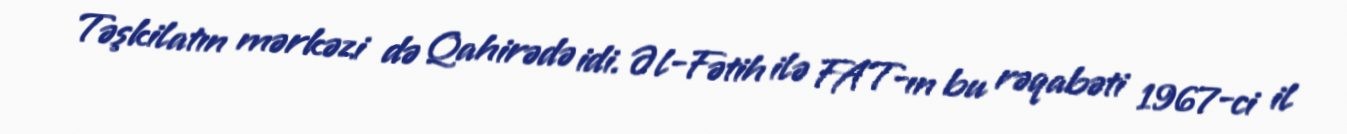
Təşkilatın mərkəzi də Qahirədə idi. Əl-Fətih ilə FAT-ın bu rəqabəti 1967-ci il